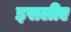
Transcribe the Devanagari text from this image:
इसलीए